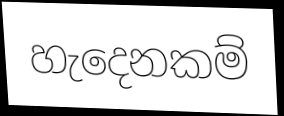
හැදෙනකම්